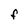
Character: F